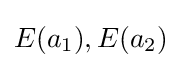
E(a_{1}),E(a_{2})